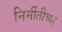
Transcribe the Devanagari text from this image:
निर्मीतीच्या